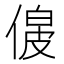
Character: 𠌟